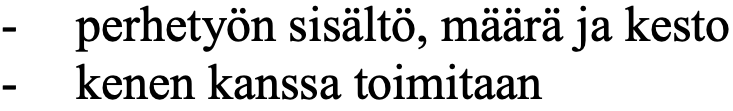
- perhetyön sisältö, määrä ja kesto - kenen kanssa toimitaan